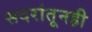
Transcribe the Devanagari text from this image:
सदरांतूनही